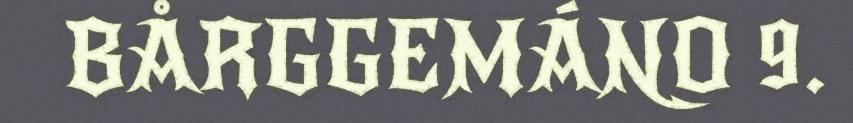
BÅRGGEMÁNO 9.